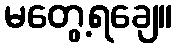
မတွေ့ရချေ။